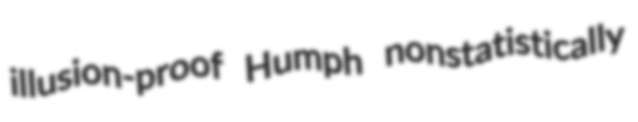
illusion-proof Humph nonstatistically